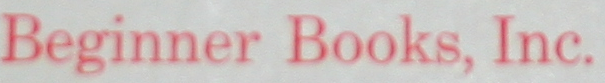
Beginner Books, Inc.